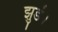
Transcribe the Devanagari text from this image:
झुडं।